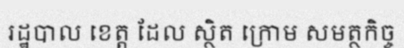
រដ្ឋបាល ខេត្ត ដែល ស្ថិត ក្រោម សមត្ថកិច្ច